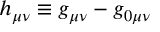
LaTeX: h _ { \mu \nu } \equiv g _ { \mu \nu } - g _ { 0 \mu \nu }